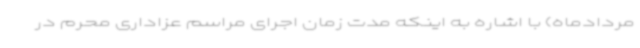
مردادماه) با اشاره به اینکه مدت زمان اجرای مراسم عزاداری محرم در